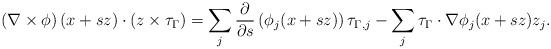
LaTeX: \begin{align*}\left(\nabla\times \phi\right) (x+sz) \cdot \left(z\times \tau_\Gamma\right)= \sum_j \frac{\partial}{\partial s}\left( \phi_j(x+sz) \right)\tau_{\Gamma,j} - \sum_j \tau_\Gamma\cdot \nabla \phi_j (x+sz)z_j.\end{align*}